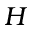
H